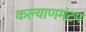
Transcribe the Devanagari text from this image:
कल्याणमंटप